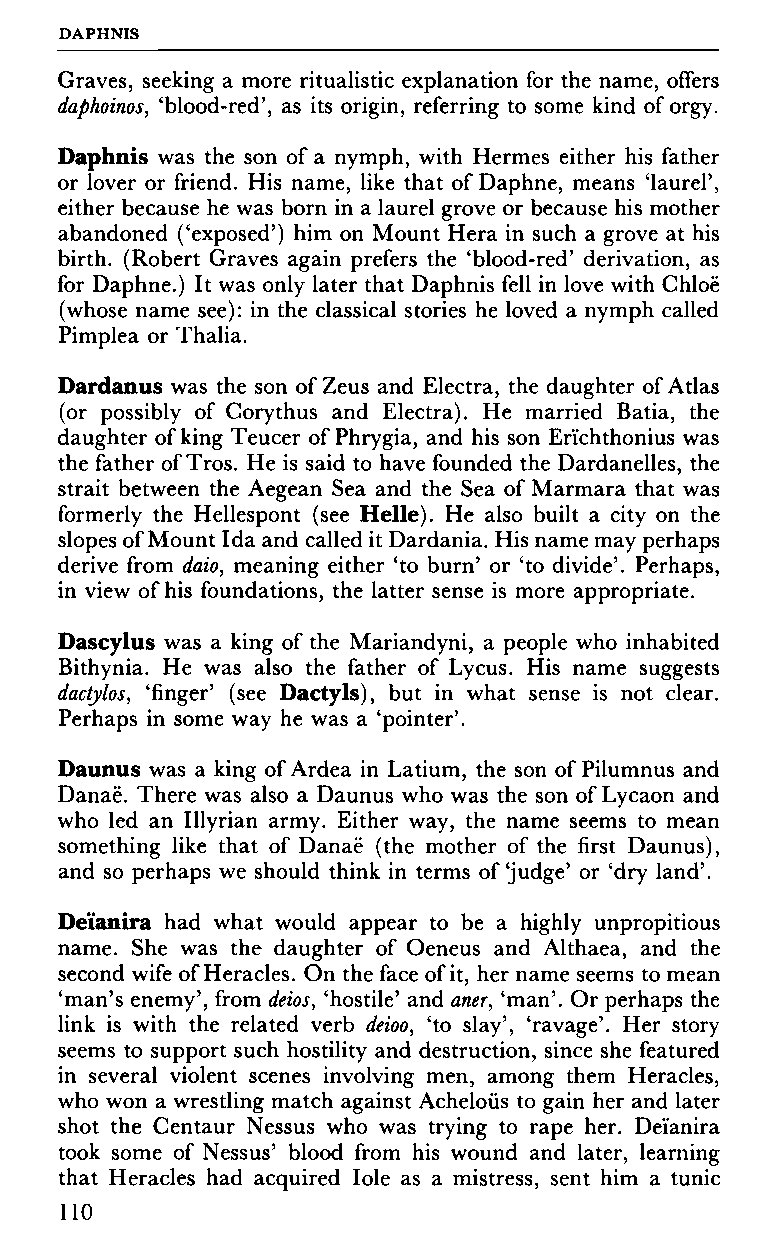
DAPHNIS
 Graves, seeking a more ritualistic explanation for the name, offers
 daphoinos, 'blood-red', as its origin, referring to some kind of orgy.
 Daphnis was the son of a nymph, with Hermes either his father
 or lover or friend. His name, like that of Daphne, means 'laurel',
 either because he was born in a laurel grove or because his mother
 abandoned ('exposed') him on Mount Hera in such a grove at his
 birth. (Robert Graves again prefers the 'blood-red' derivation, as
 for Daphne.) It was only later that Daphnis fell in love with Chloë
 (whose name see): in the classical stories he loved a nymph called
 Pimplea or Thalia.
 Dardanus was the son of Zeus and Electra, the daughter of Atlas
 (or possibly of Corythus and Electra). He married Batia, the
 daughter of king Teucer of Phrygia, and his son Erichthonius was
 the father of Tros. He is said to have founded the Dardanelles, the
 strait between the Aegean Sea and the Sea of Marmara that was
 formerly the Hellespont (see Helle). He also built a city on the
 slopes of Mount Ida and called it Dardania. His name may perhaps
 derive from daio, meaning either 'to burn' or 'to divide'. Perhaps,
 in view of his foundations, the latter sense is more appropriate.
 Dascylus was a king of the Mariandyni, a people who inhabited
 Bithynia. He was also the father of Lycus. His name suggests
 dactylos, 'finger' (see Dactyls), but in what sense is not clear.
 Perhaps in some way he was a 'pointer'.
 Daunus was a king of Ardea in Latium, the son of Pilumnus and
 Danaë. There was also a Daunus who was the son of Lycaon and
 who led an Illyrian army. Either way, the name seems to mean
 something like that of Danaë (the mother of the first Daunus),
 and so perhaps we should think in terms of'judge' or 'dry land'.
 Deianira had what would appear to be a highly unpropitious
 name. She was the daughter of Oeneus and Althaea, and the
 second wife of Heracles. On the face of it, her name seems to mean
 'man's enemy', from deios, 'hostile' and aner, 'man'. Or perhaps the
 link is with the related verb deioo, 'to slay', 'ravage'. Her story
 seems to support such hostility and destruction, since she featured
 in several violent scenes involving men, among them Heracles,
 who won a wrestling match against Acheloiis to gain her and later
 shot the Centaur Nessus who was trying to rape her. Deianira
 took some of Nessus' blood from his wound and later, learning
 that Heracles had acquired Iole as a mistress, sent him a tunic
 110